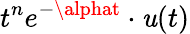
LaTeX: t^{n}e^{-\alphat}\cdot\mathit{u}(t)